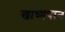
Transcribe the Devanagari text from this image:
खाध्यपान